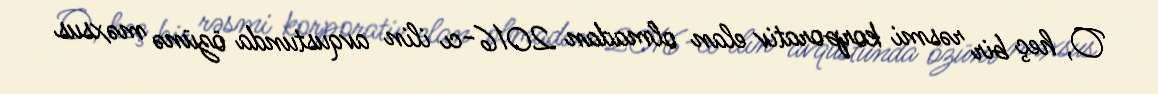
O, heç bir rəsmi korporativ elan olmadan 2016-cı ilin avqustunda özünə məxsus